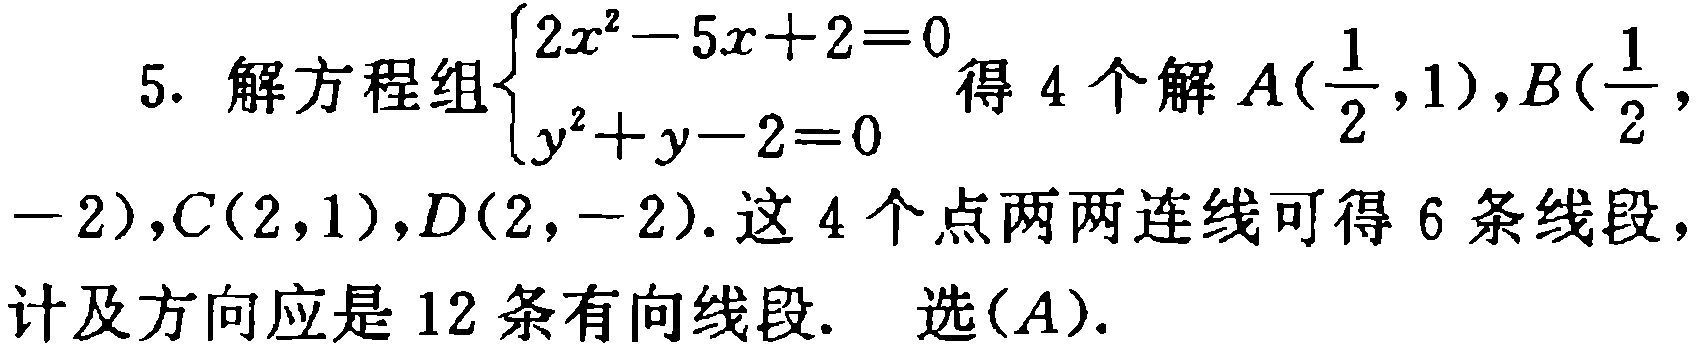
5. 解方程组$\begin{cases}2x^{2}-5x + 2 = 0\\y^{2}+y - 2 = 0\end{cases}$得$4$个解$A(\frac{1}{2},1),B(\frac{1}{2},-2),C(2,1),D(2,-2)$. 这$4$个点两两连线可得$6$条线段，计及方向应是$12$条有向线段. 选$(A)$.